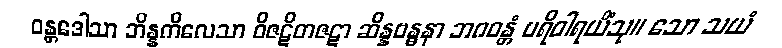
ဝန္တဒေါသာ ဘိန္နကိလေသာ ဝိဇဋိတဇဋာ ဆိန္နဗန္ဓနာ ဘဂဝန္တံ ပရိဝါရယိံသု။ သော သယံ